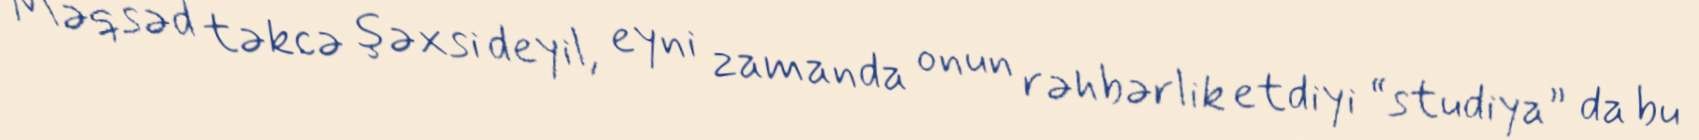
Məqsəd təkcə şəxsi deyil, eyni zamanda onun rəhbərlik etdiyi “studiya” da bu